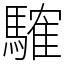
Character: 䮤